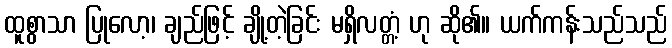
ထူစွာသာ ပြုလော့၊ ချည်ဖြင့် ချို့တဲ့ခြင်း မရှိလတ္တံ့ ဟု ဆို၏။ ယက်ကန်းသည်သည်